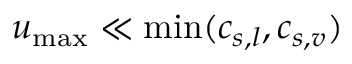
u _ { \mathrm { m a x } } \ll \operatorname* { m i n } ( c _ { s , l } , c _ { s , v } )